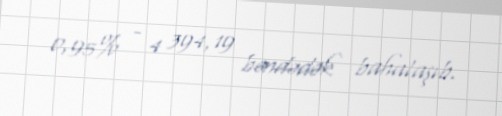
0,95% - 4 394,19 bəndədək bahalaşıb.